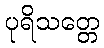
ပုရိသတ္တေ